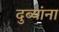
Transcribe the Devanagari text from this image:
दुब्यांना